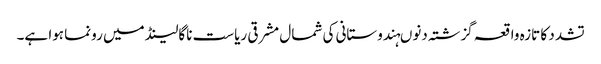
تشدد کا تازہ واقعہ گزشتہ دنوںہندوستانی کی شمال مشرقی ریاست ناگالینڈ میں رونما ہوا ہے۔